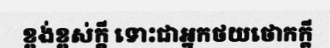
ខ្ពង់ខ្ពស់ក្តី ទោះជាអ្នកថយថោកក្តី